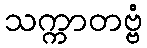
သက္ကာတဗ္ဗံ